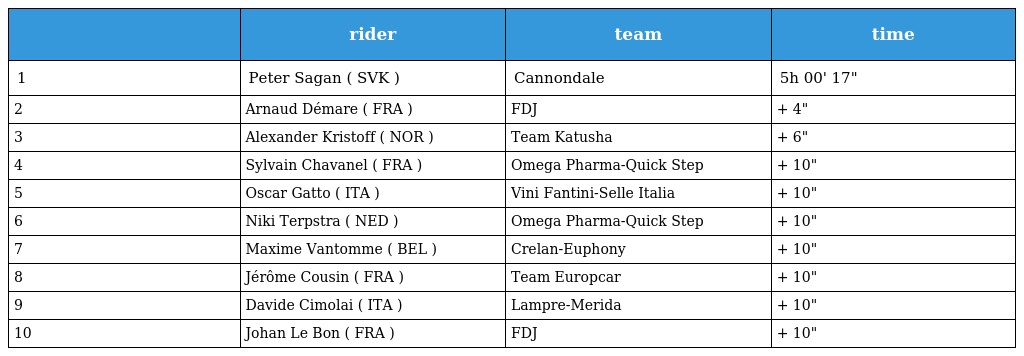
|  | rider | team | time |
 | --- | --- | --- | --- |
 | 1 | Peter Sagan ( SVK ) | Cannondale | 5h 00' 17" |
 | 2 | Arnaud Démare ( FRA ) | FDJ | + 4" |
 | 3 | Alexander Kristoff ( NOR ) | Team Katusha | + 6" |
 | 4 | Sylvain Chavanel ( FRA ) | Omega Pharma-Quick Step | + 10" |
 | 5 | Oscar Gatto ( ITA ) | Vini Fantini-Selle Italia | + 10" |
 | 6 | Niki Terpstra ( NED ) | Omega Pharma-Quick Step | + 10" |
 | 7 | Maxime Vantomme ( BEL ) | Crelan-Euphony | + 10" |
 | 8 | Jérôme Cousin ( FRA ) | Team Europcar | + 10" |
 | 9 | Davide Cimolai ( ITA ) | Lampre-Merida | + 10" |
 | 10 | Johan Le Bon ( FRA ) | FDJ | + 10" |